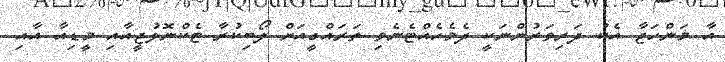
އާ މަންހަޖާ އެކު ދަރިވަރުންނަކީ ދެމެހެއްޓެނެވި ތަރައްގީއަށް ލޯބިކުރާ ޓެކްނޮލުޖީއާއި މީޑިއާ އާއި